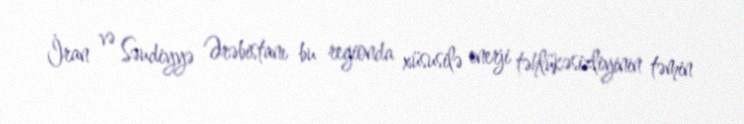
İran və Səudiyyə Ərəbistanı bu regionda xüsusilə enerji təhlükəsizliyinin təmin